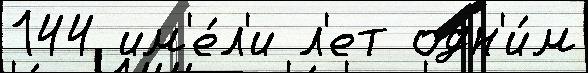
144 им'е́л'и л'ет одн'и́м